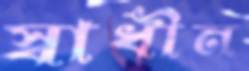
স্বাধীন